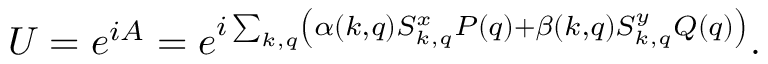
U = e ^ { i A } = e ^ { i \sum _ { k , q } \left( \alpha ( k , q ) S _ { k , q } ^ { x } P ( q ) + \beta ( k , q ) S _ { k , q } ^ { y } Q ( q ) \right) } .